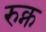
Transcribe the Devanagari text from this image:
रुक्न